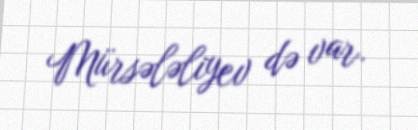
Mürsələliyev də var.